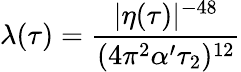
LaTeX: \lambda(\tau)={\frac{|\eta(\tau)|^{-48}}{(4\pi^{2}\alpha^{\prime}\tau_{2})^{12}}}